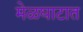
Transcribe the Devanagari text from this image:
मेळघाटात